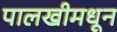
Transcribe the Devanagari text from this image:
पालखीमधून